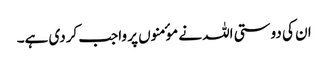
ان کی دوستی اللہ نے موٴمنوں پر واجب کردی ہے۔